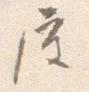
屋